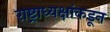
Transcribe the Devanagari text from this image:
राष्ट्राध्यक्षांकडून